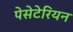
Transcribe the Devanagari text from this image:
पेसेटेरियन